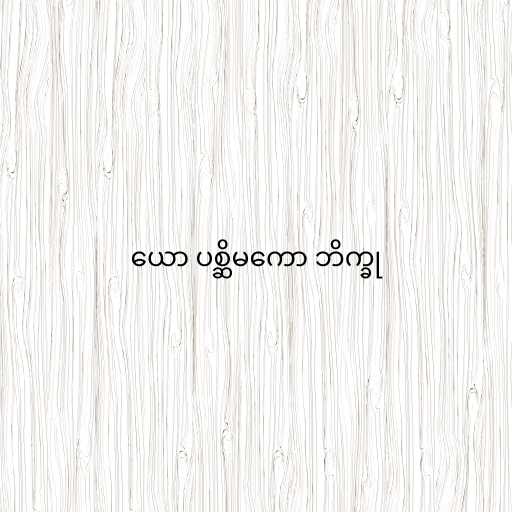
ယော ပစ္ဆိမကော ဘိက္ခု